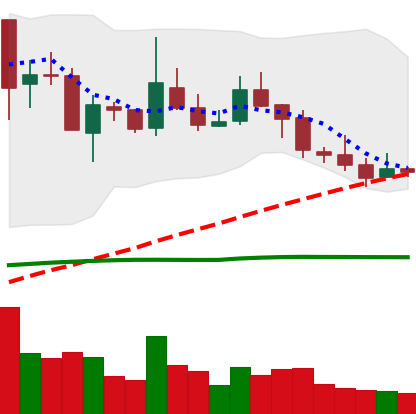
Ticker: TRX-USD
Chart end date: 2019-02-16
Forward return: 3.549%
Label: up_3_5